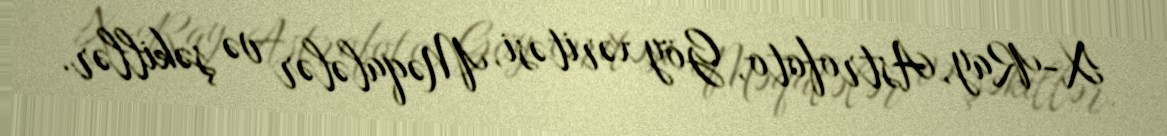
X-Ray, Astrofoto, Göy xəritəsi, Məqalələr və şəkillər.